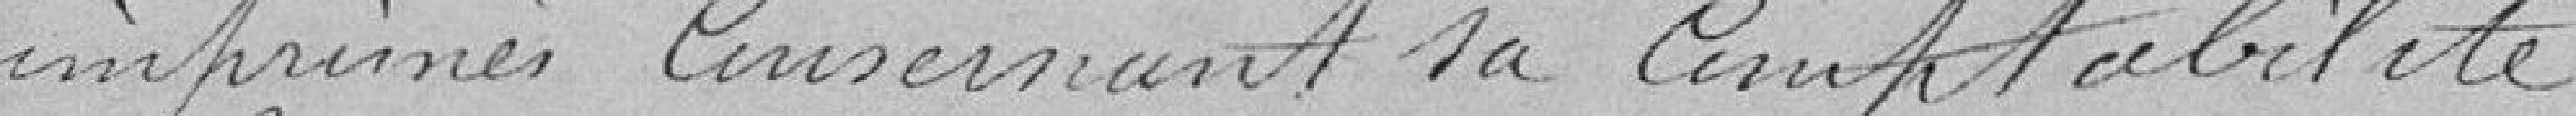
imprimés concernant la comptabilité